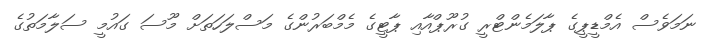
ނަމަވެސް އެމްޑީޕީގެ ޕާލަމެންޓްރީ ގުރޫޕްއާއި ޕާޓީގެ މެމްބަރުންގެ މަސްލަހަތަށް މޫސަ ގައުމީ ސަލާމަތުގެ